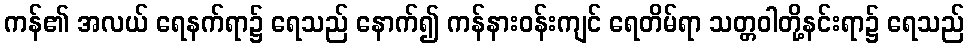
ကန်၏ အလယ် ရေနက်ရာ၌ ရေသည် နောက်၍ ကန်နားဝန်းကျင် ရေတိမ်ရာ သတ္တဝါတို့နင်းရာ၌ ရေသည်